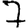
Digit: 7